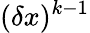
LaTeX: (\delta x)^{k-1}